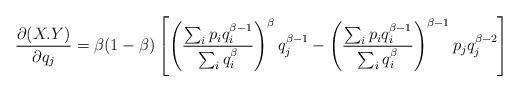
LaTeX: \begin{align*}\frac{\partial (X.Y)}{\partial q_{j}}=\beta(1-\beta)\left[\left(\frac{\sum_{i}p_{i}q^{\beta-1}_{i}}{\sum_{i}q^{\beta}_{i}}\right)^{\beta}q^{\beta-1}_{j}-\left(\frac{\sum_{i}p_{i}q^{\beta-1}_{i}}{\sum_{i}q^{\beta}_{i}}\right)^{\beta-1}p_{j}q^{\beta-2}_{j}\right]\end{align*}